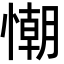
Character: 𢢅